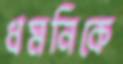
ধমনিকে